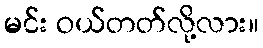
မင်း ဝယ်တတ်လို့လား။